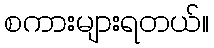
စကားများရတယ်။